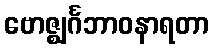
ဗောဇ္ဈင်္ဂဘာဝနာရတာ